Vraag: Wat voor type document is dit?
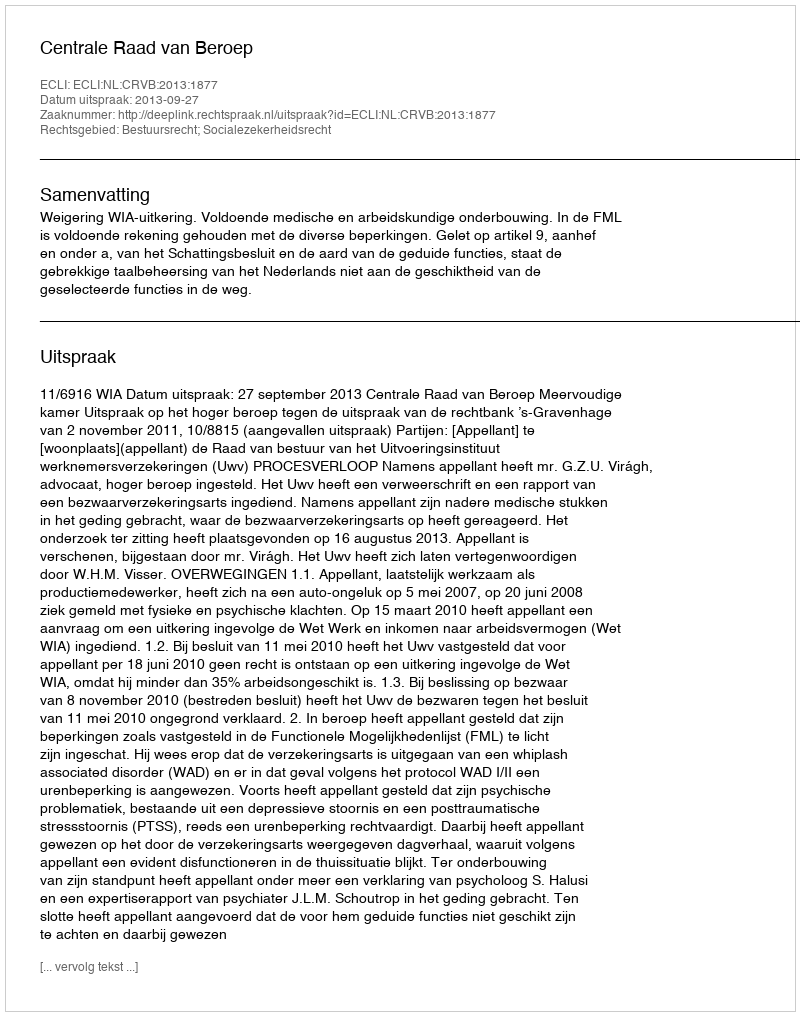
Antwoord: Uitspraak